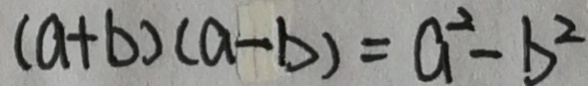
( a + b ) ( a - b ) = a ^ { 2 } - b ^ { 2 }